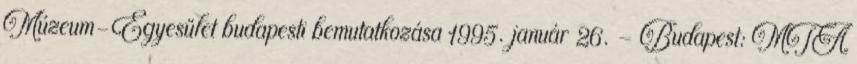
Múzeum-Egyesület budapesti bemutatkozása 1995. január 26. – Budapest: MTA